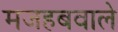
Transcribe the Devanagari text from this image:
मजहबवाले